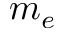
m _ { e }